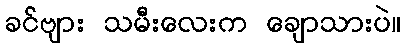
ခင်ဗျား သမီးလေးက ချောသားပဲ။